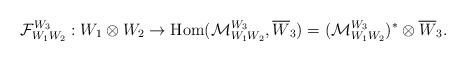
LaTeX: \begin{align*}{\cal F}^{W_{3}}_{W_{1}W_{2}}: W_{1}\otimes W_{2}\to\mbox{\rm Hom}({\cal M}_{W_{1}W_{2}}^{W_{3}}, \overline{W}_{3})=({\cal M}^{W_{3}}_{W_{1}W_{2}})^{*}\otimes \overline{W}_{3}.\end{align*}